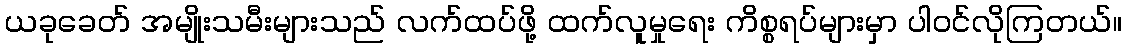
ယခုခေတ် အမျိုးသမီးများသည် လက်ထပ်ဖို့ ထက်လူမှုရေး ကိစ္စရပ်များမှာ ပါဝင်လိုကြတယ်။